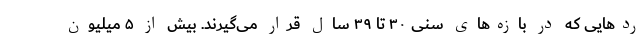
ردهایی که در بازه‌های سنی ۳۰ تا ۳۹ سال قرار می‌گیرند. بیش از ۵ میلیون